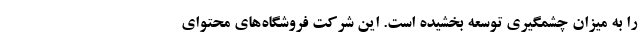
را به میزان چشمگیری توسعه بخشیده است. این شرکت فروشگاه‌های محتوای